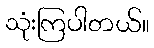
သုံးကြပါတယ်။